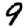
Digit: 9